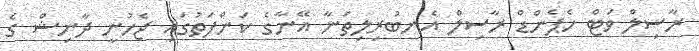
ރާސިލް ވަޓް ހެޕެންޑް ރާސިލް އެނބުރިލިތަނާ އޭނާގެ ކަންފަތުގައި ޖެހުނީ ދާނިޝް ގެ